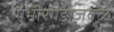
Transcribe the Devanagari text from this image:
गंभीरगडाजवळ